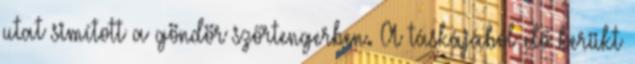
utat simított a göndör szőrtengerben. A táskájából elő kerükt